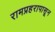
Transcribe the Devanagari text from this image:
रामप्रहरापासून